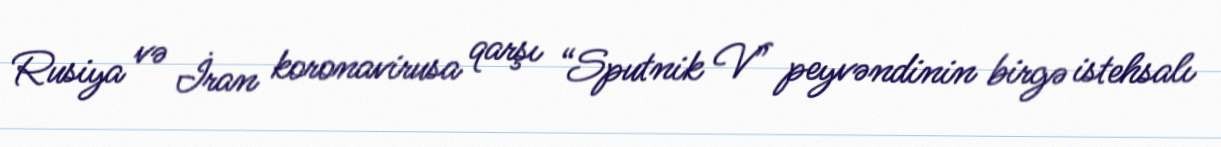
Rusiya və İran koronavirusa qarşı “Sputnik V” peyvəndinin birgə istehsalı